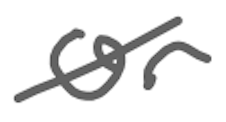
Text: or
Cross-out: diagonal
Writing tool: digital_gray